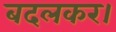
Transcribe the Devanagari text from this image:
बदलकर।